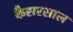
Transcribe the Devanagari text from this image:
कैसरसाल